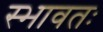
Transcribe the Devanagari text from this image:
स्भावतः